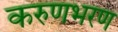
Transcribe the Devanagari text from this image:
करुणभरण